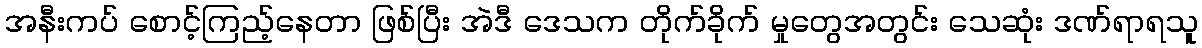
အနီးကပ် စောင့်ကြည့်နေတာ ဖြစ်ပြီး အဲဒီ ဒေသက တိုက်ခိုက် မှုတွေအတွင်း သေဆုံး ဒဏ်ရာရသူ